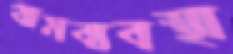
খামব্যবস্থা